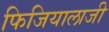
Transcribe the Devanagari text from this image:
फिजियालाजी